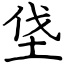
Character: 垡